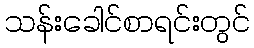
သန်းခေါင်စာရင်းတွင်